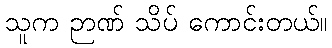
သူက ဉာဏ် သိပ် ကောင်းတယ်။